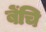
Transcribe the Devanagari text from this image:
बेंचि